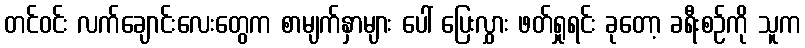
တင်ဝင်း လက်ချောင်းလေးတွေက စာမျက်နှာများ ပေါ် ပြေးလွှား ဖတ်ရှုရင်း ခုတော့ ခရီးစဉ်ကို သူက